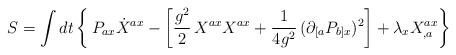
\begin{align*}S = \int dt \left\{ \, P_{ax} \dot{X}^{ax} - \left[ \frac{g^2}{2} \, X^{ax} X^{ax} + \frac{1}{4g^{2}} \, ( \partial_{[a}P_{b]x} )^2 \right] + \lambda_x X^{ax}_{,a} \right\} \end{align*}